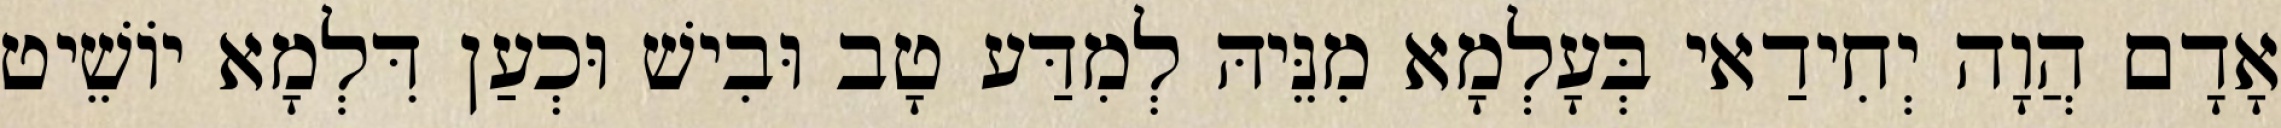
אָדָם הֲוָה יְחִידַאי בְּעָלְמָא מִנֵּיהּ לְמִדַּע טָב וּבִישׁ וּכְעַן דִּלְמָא יוֹשֵׁיט